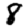
Digit: 8